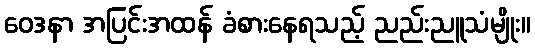
ဝေဒနာ အပြင်းအထန် ခံစားနေရသည့် ညည်းညူသံမျိုး။